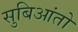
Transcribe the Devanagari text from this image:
सुबिआंतो